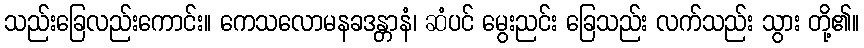
သည်းခြေလည်းကောင်း။ ကေသလောမနခဒန္တာနံ၊ ဆံပင် မွေးညင်း ခြေသည်း လက်သည်း သွား တို့၏။